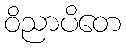
ဝိညာပိတေ